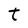
Character: t